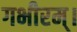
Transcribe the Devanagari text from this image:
गभीरम्।